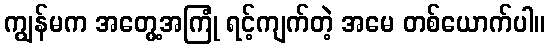
ကျွန်မက အတွေ့အကြုံ ရင့်ကျက်တဲ့ အမေ တစ်ယောက်ပါ။